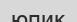
юпик